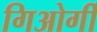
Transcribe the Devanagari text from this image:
गिओर्गी